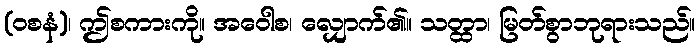
(ဝစနံ)၊ ဤစကားကို။ အဝေါစ၊ လျှောက်၏။ သတ္ထာ၊ မြတ်စွာဘုရားသည်။